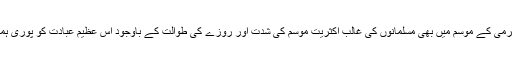
لہٰذا امید ہے کہ انشاء اللہ سخت ترین گرمی کے موسم میں بھی مسلمانوں کی غالب اکثریت موسم کی شدت اور روزے کی طوالت کے باوجود اس عظیم عبادت کو پوری ہمت اور یکسوئی کے ساتھ ادا کرے گی۔